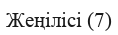
Жеңілісі (7)